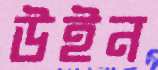
উইন